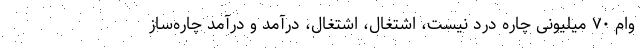
وام ۷۰ میلیونی چاره درد نیست، اشتغال، اشتغال، درآمد و درآمد چاره‌ساز